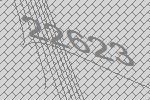
22623